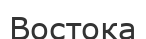
Востока